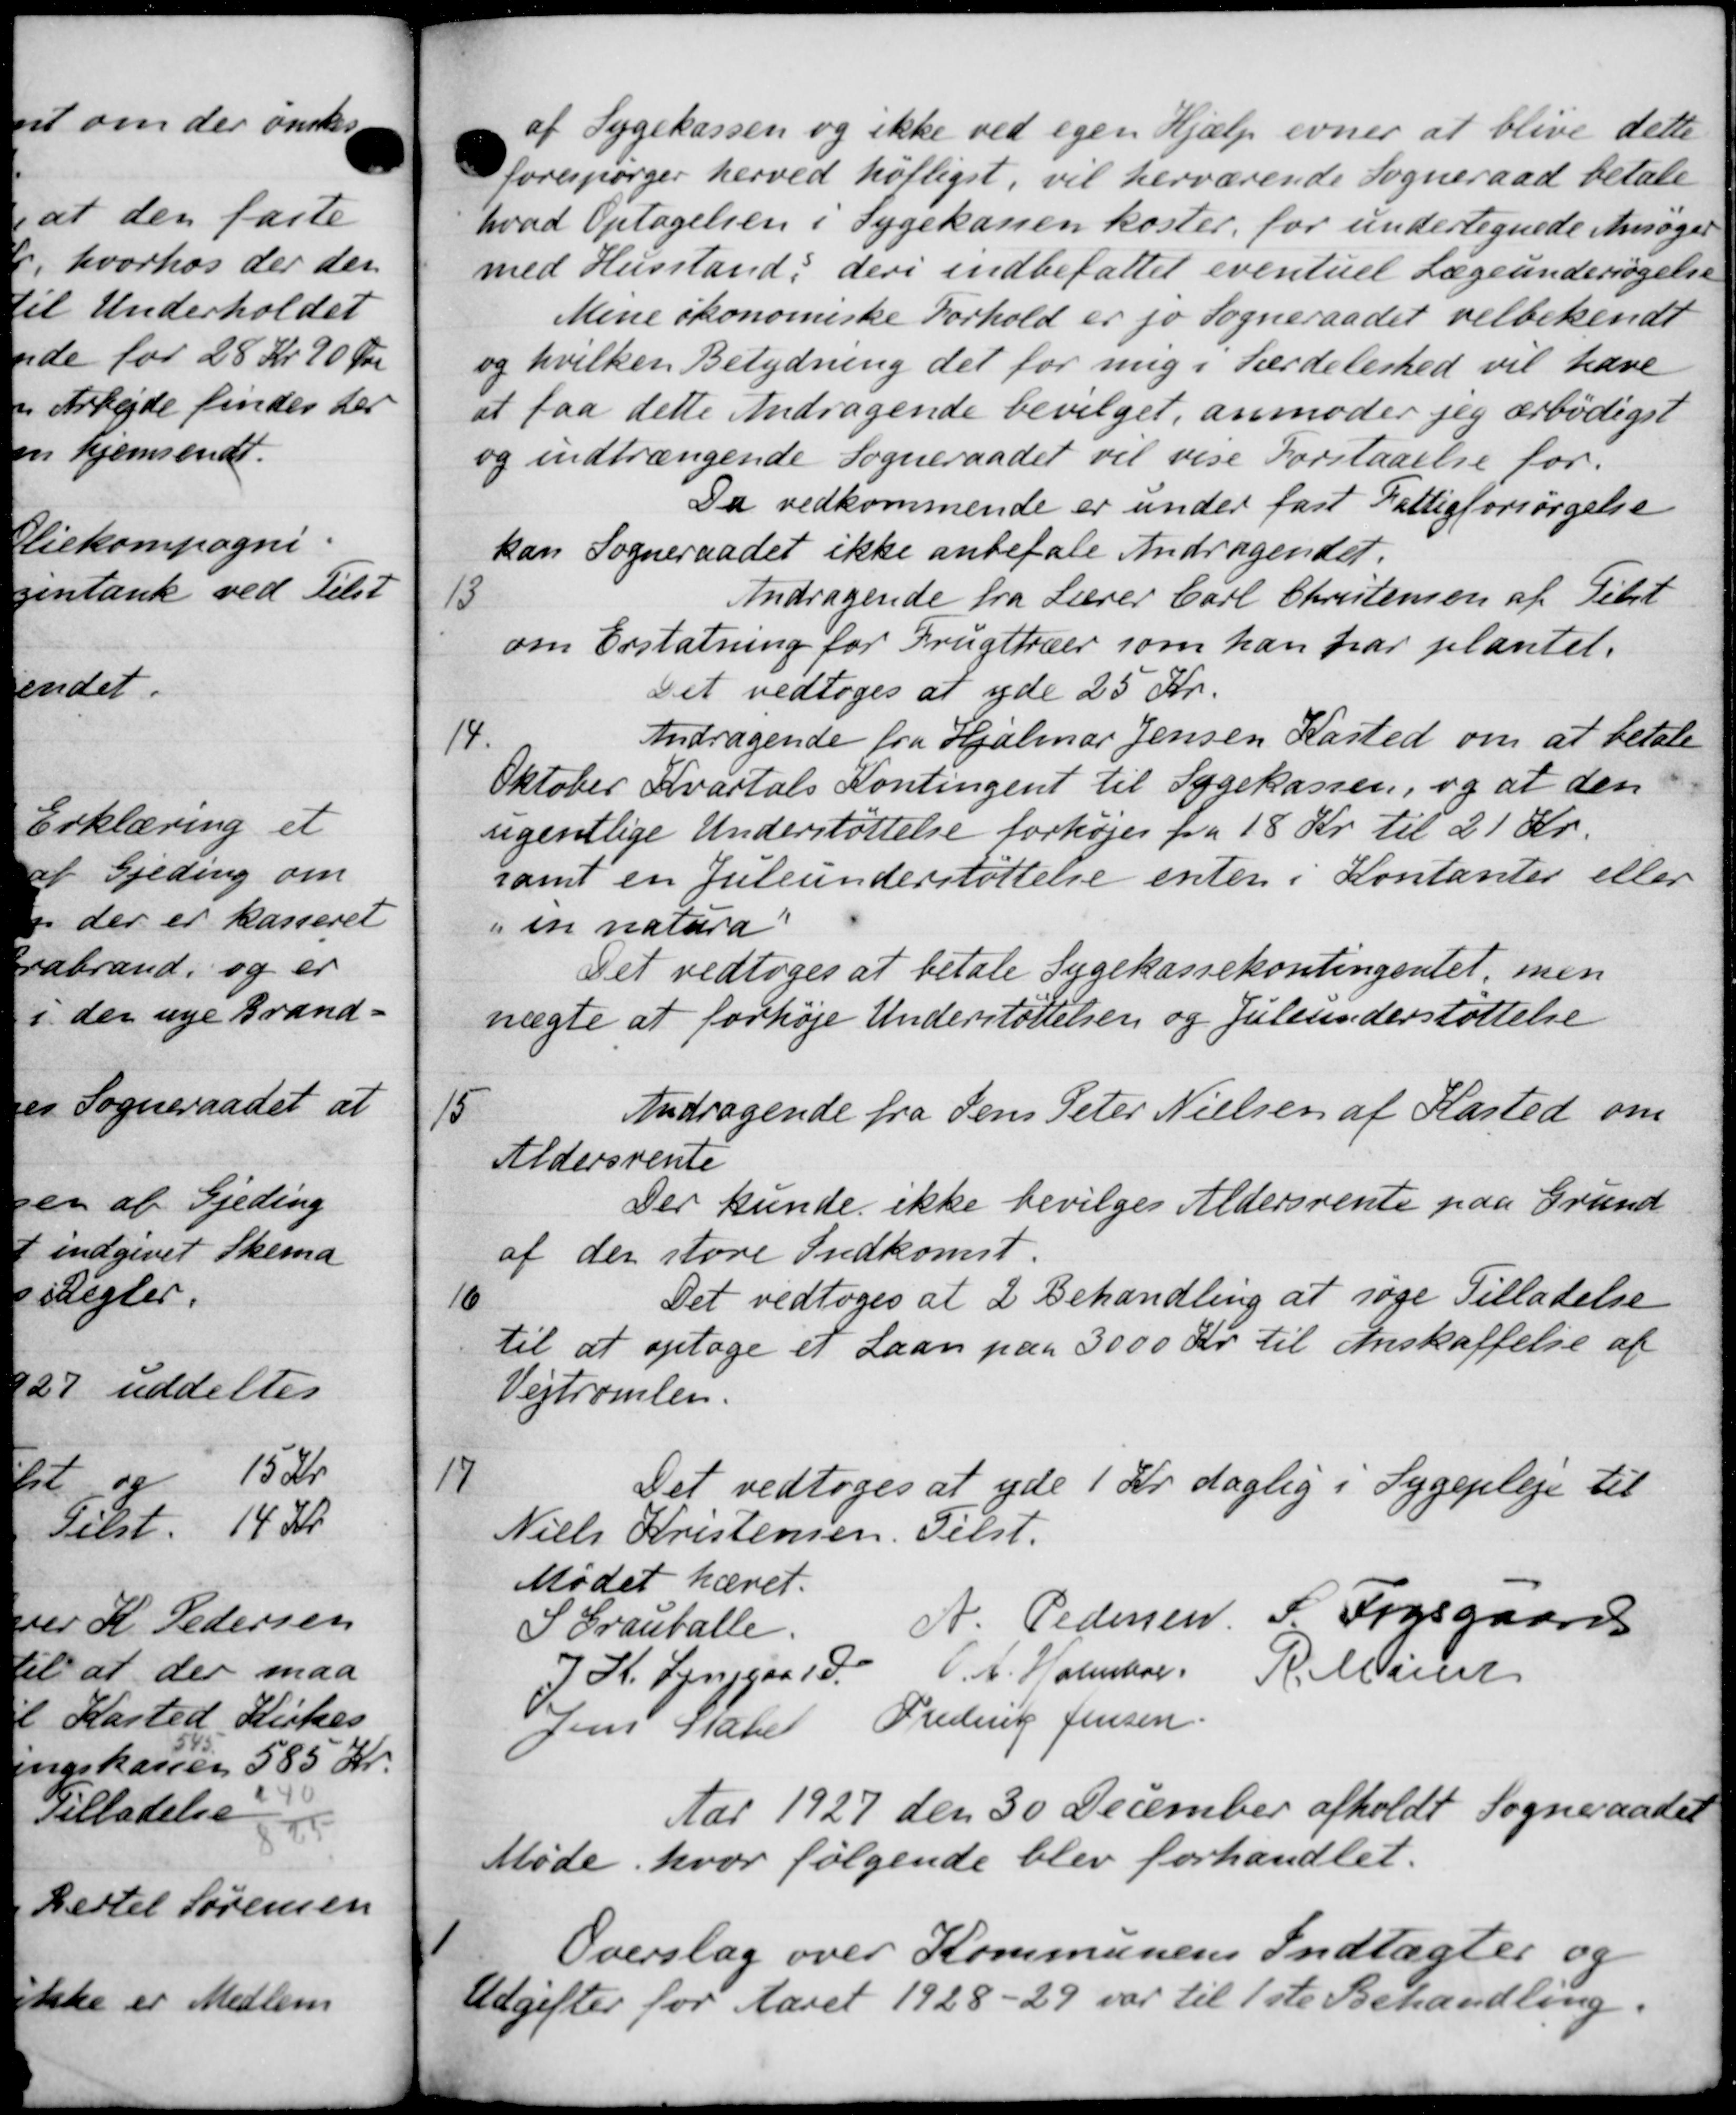
Transskription:
af Sygekassen og ikke ved egen Hjælp evner at blive dette
forespørger herved høftiget, vil herværende Sogneraad betale
hvad Optagelsen i Sygekassen koster, for undertegnede Ansøger
med Husstand, deri indbefattet eventuel Lægeundersøgelse
Mene økonomiske Forhold er jo Sogneraadet velbekendt
og hvilken Betydning det for mig i Lærdelerhed vil have
at faa dette Andragende bevilget, anmoder jeg ærbødigst
og indtrængende Sogneraadet vil vise Forstaaelse for.
Da vedkommende er under fast Fattigforsørgelse
kan Sogneraadet ikke anbefale Andragendet.
13
Andragende fra Lærer Carl Christensen af Tilst
om Erstatning for Frugttræer som han har plantet.
Det vedtoges at yde 25 Kr.
14.
Andragende fra Hjalmar Jensen Kasted om at betale
Oktober Kvartals Kontingent til Sygekassen, og at den
ugentlige Understøttelse forhøjes fra 18 Kr. til 21 Kr.
samt en Juleunderstøttelse enten i Kontanter eller
i en natura
Det vedtoges at betale Sygekassekontingentet, men
nægte at forhøje Understøttelsen og Juleunderstøttelse
15
Andragende fra Jens Peter Nielsen af Kasted om
Aldersrente
Der kunde ikke bevilges Aldersrente paa Grund
af der store Indkomst.
16
Det vedtoges at 2 Behandling at søge Tilladelse
til at optage et Laan paa 3000 Kr. til Anskaffelse af
Vejtromlen.
17
Det vedtoges at yde 1 Kr. daglig i Sygepleje til
Niels Kristensen. Tilst.
Mødet hævet.
S Grauballe.
A. Pedersen P Fogsgaards
7 St. Lynggaard V. A. Holmber R. Maiert
Jens Haner Frederik Jensen
Aar 1927 den 30 December afholdt Sogneraadet
Møde, hvor følgende blev forhandlet.
Overslag over Kommunens Indtægter og
Udgifter for Aaret 1928-29 var til 1ste Behandling